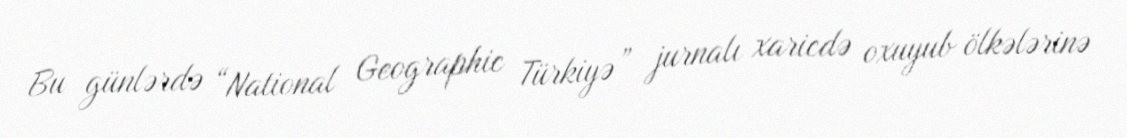
Bu günlərdə “National Geographic Türkiyə” jurnalı xaricdə oxuyub ölkələrinə